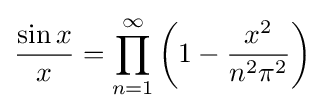
{\frac {\sin x}{x}}=\prod _{n=1}^{\infty }\left(1-{\frac {x^{2}}{n^{2}\pi ^{2}}}\right)